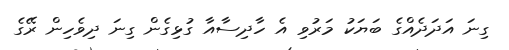
ގިނަ އަދަދެއްގެ ބަޔަކު މަރުވި އެ ހާދިސާއާ ގުޅިގެން ގިނަ ދިވެހިން ރޭގެ